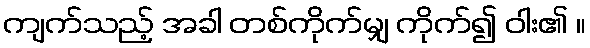
ကျက်သည့် အခါ တစ်ကိုက်မျှ ကိုက်၍ ဝါး၏ ။